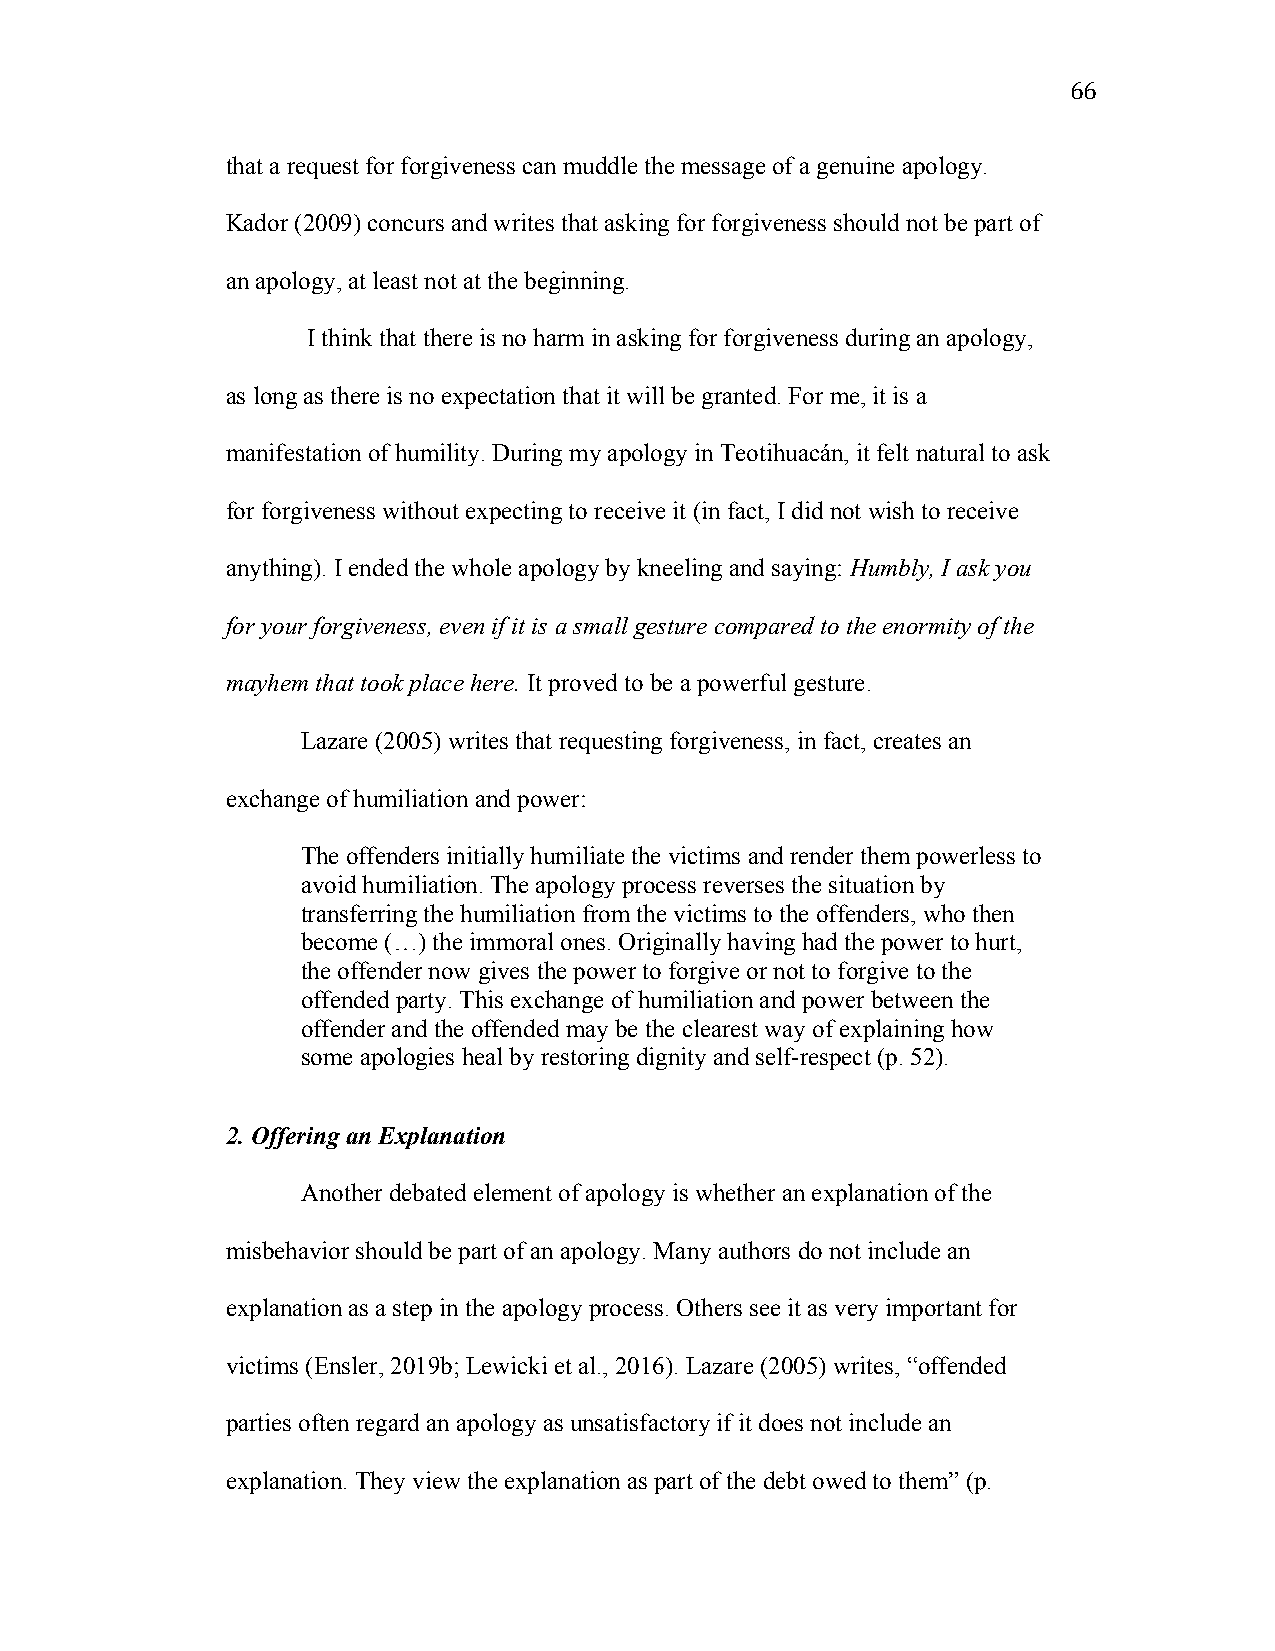
66
 that a request for forgiveness can muddle the message of a genuine apology.
 Kador (2009) concurs and writes that asking for forgiveness should not be part of
 an apology, at least not at the beginning.
 I think that there is no harm in asking for forgiveness during an apology,
 as long as there is no expectation that it will be granted. For me, it is a
 manifestation of humility. During my apology in Teotihuacán, it felt natural to ask
 for forgiveness without expecting to receive it (in fact, I did not wish to receive
 anything). I ended the whole apology by kneeling and saying: Humbly, I ask you
 for your forgiveness, even if it is a small gesture compared to the enormity of the
 mayhem that took place here. It proved to be a powerful gesture.
 Lazare (2005) writes that requesting forgiveness, in fact, creates an
 exchange of humiliation and power:
 The offenders initially humiliate the victims and render them powerless to
 avoid humiliation. The apology process reverses the situation by
 transferring the humiliation from the victims to the offenders, who then
 become (…) the immoral ones. Originally having had the power to hurt,
 the offender now gives the power to forgive or not to forgive to the
 offended party. This exchange of humiliation and power between the
 offender and the offended may be the clearest way of explaining how
 some apologies heal by restoring dignity and self-respect (p. 52).
 2. Offering an Explanation
 Another debated element of apology is whether an explanation of the
 misbehavior should be part of an apology. Many authors do not include an
 explanation as a step in the apology process. Others see it as very important for
 victims (Ensler, 2019b; Lewicki et al., 2016). Lazare (2005) writes, “offended
 parties often regard an apology as unsatisfactory if it does not include an
 explanation. They view the explanation as part of the debt owed to them” (p.